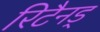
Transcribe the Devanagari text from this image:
रिटैनड्